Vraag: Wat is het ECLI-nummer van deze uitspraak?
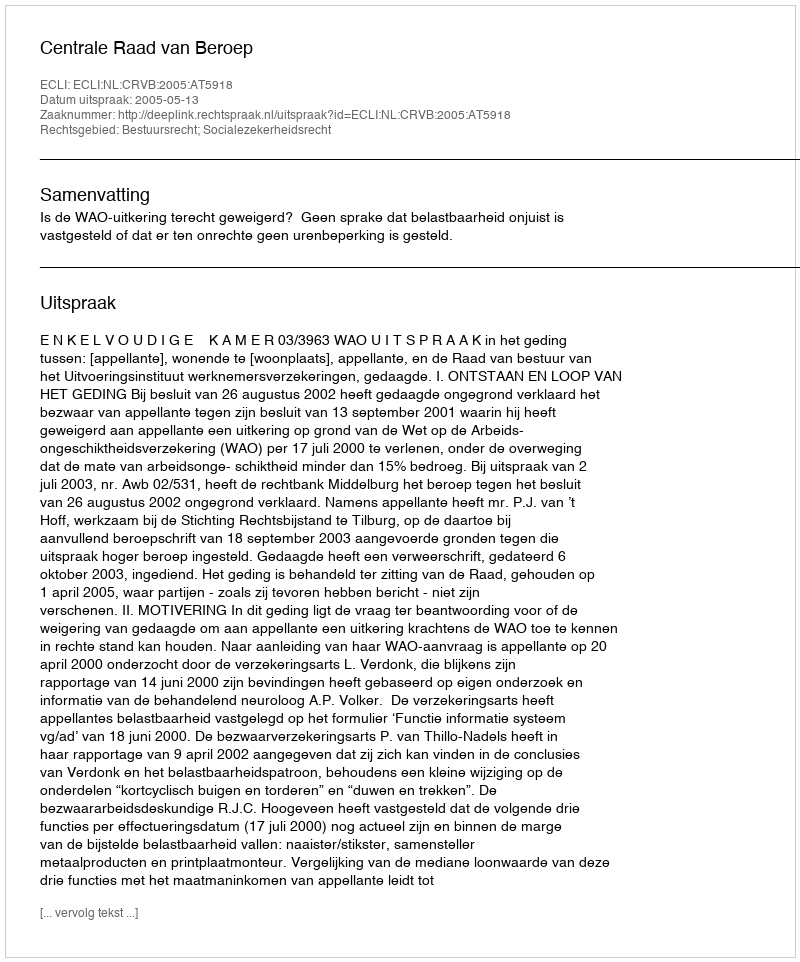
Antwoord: ECLI:NL:CRVB:2005:AT5918